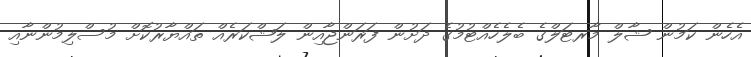
އެހެން ކަމުން ޝާލް މާރޓަލްގެ ބެލެހެއްޓުމުގެ ދަށުން ފަރަންޖާއިން ލަޝްކަރެއް ތައްޔާރުކޮށް މުސްލިމުންނާއި